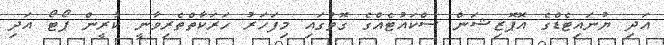
އަދި ޔުނައިޓެޑްގެ އޮޕޮޒިޝަން ސްކައުޓެއްގެ ގޮތުގައި މިފަހަރު ހަރަކާތްތެރިވާނީ ކުރީން ޕޯޓޯ އަދި